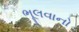
ભૂલવાનો